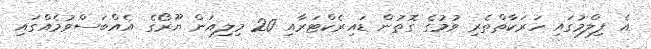
އެ ފިލްމުގައި ހަރަކާތްތެރި ވުމުގެ ގޮތުން ޑައިރެކްޓަރާއި 20 މިލިއަން ޔޫރޯގެ އެއްބަސްވުމެއްގައި